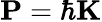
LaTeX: \mathbf{P}=\hbar\mathbf{K}